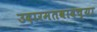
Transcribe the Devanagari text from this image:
उदारमतवादच्या